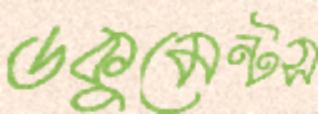
ডকুমেন্টস